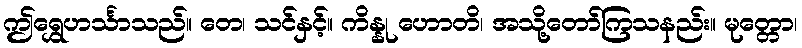
ဤရွှေဟင်္သာသည်။ တေ၊ သင်နှင့်။ ကိန္နု ဟောတိ၊ အသို့တော်ကြသနည်း။ မုတ္တော၊